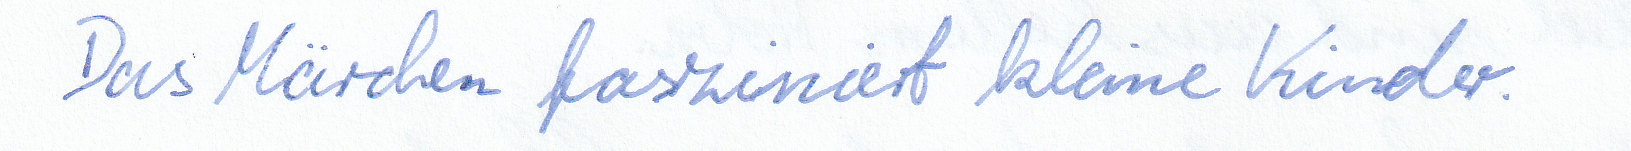
Das Märchen fasziniert kleine Kinder.